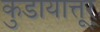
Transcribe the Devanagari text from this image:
कुडायात्तूर्